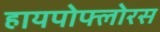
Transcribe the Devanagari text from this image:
हायपोफ्लोरस